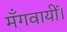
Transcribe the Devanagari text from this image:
मँगवायीं।